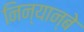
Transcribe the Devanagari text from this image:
निन्यान्बे